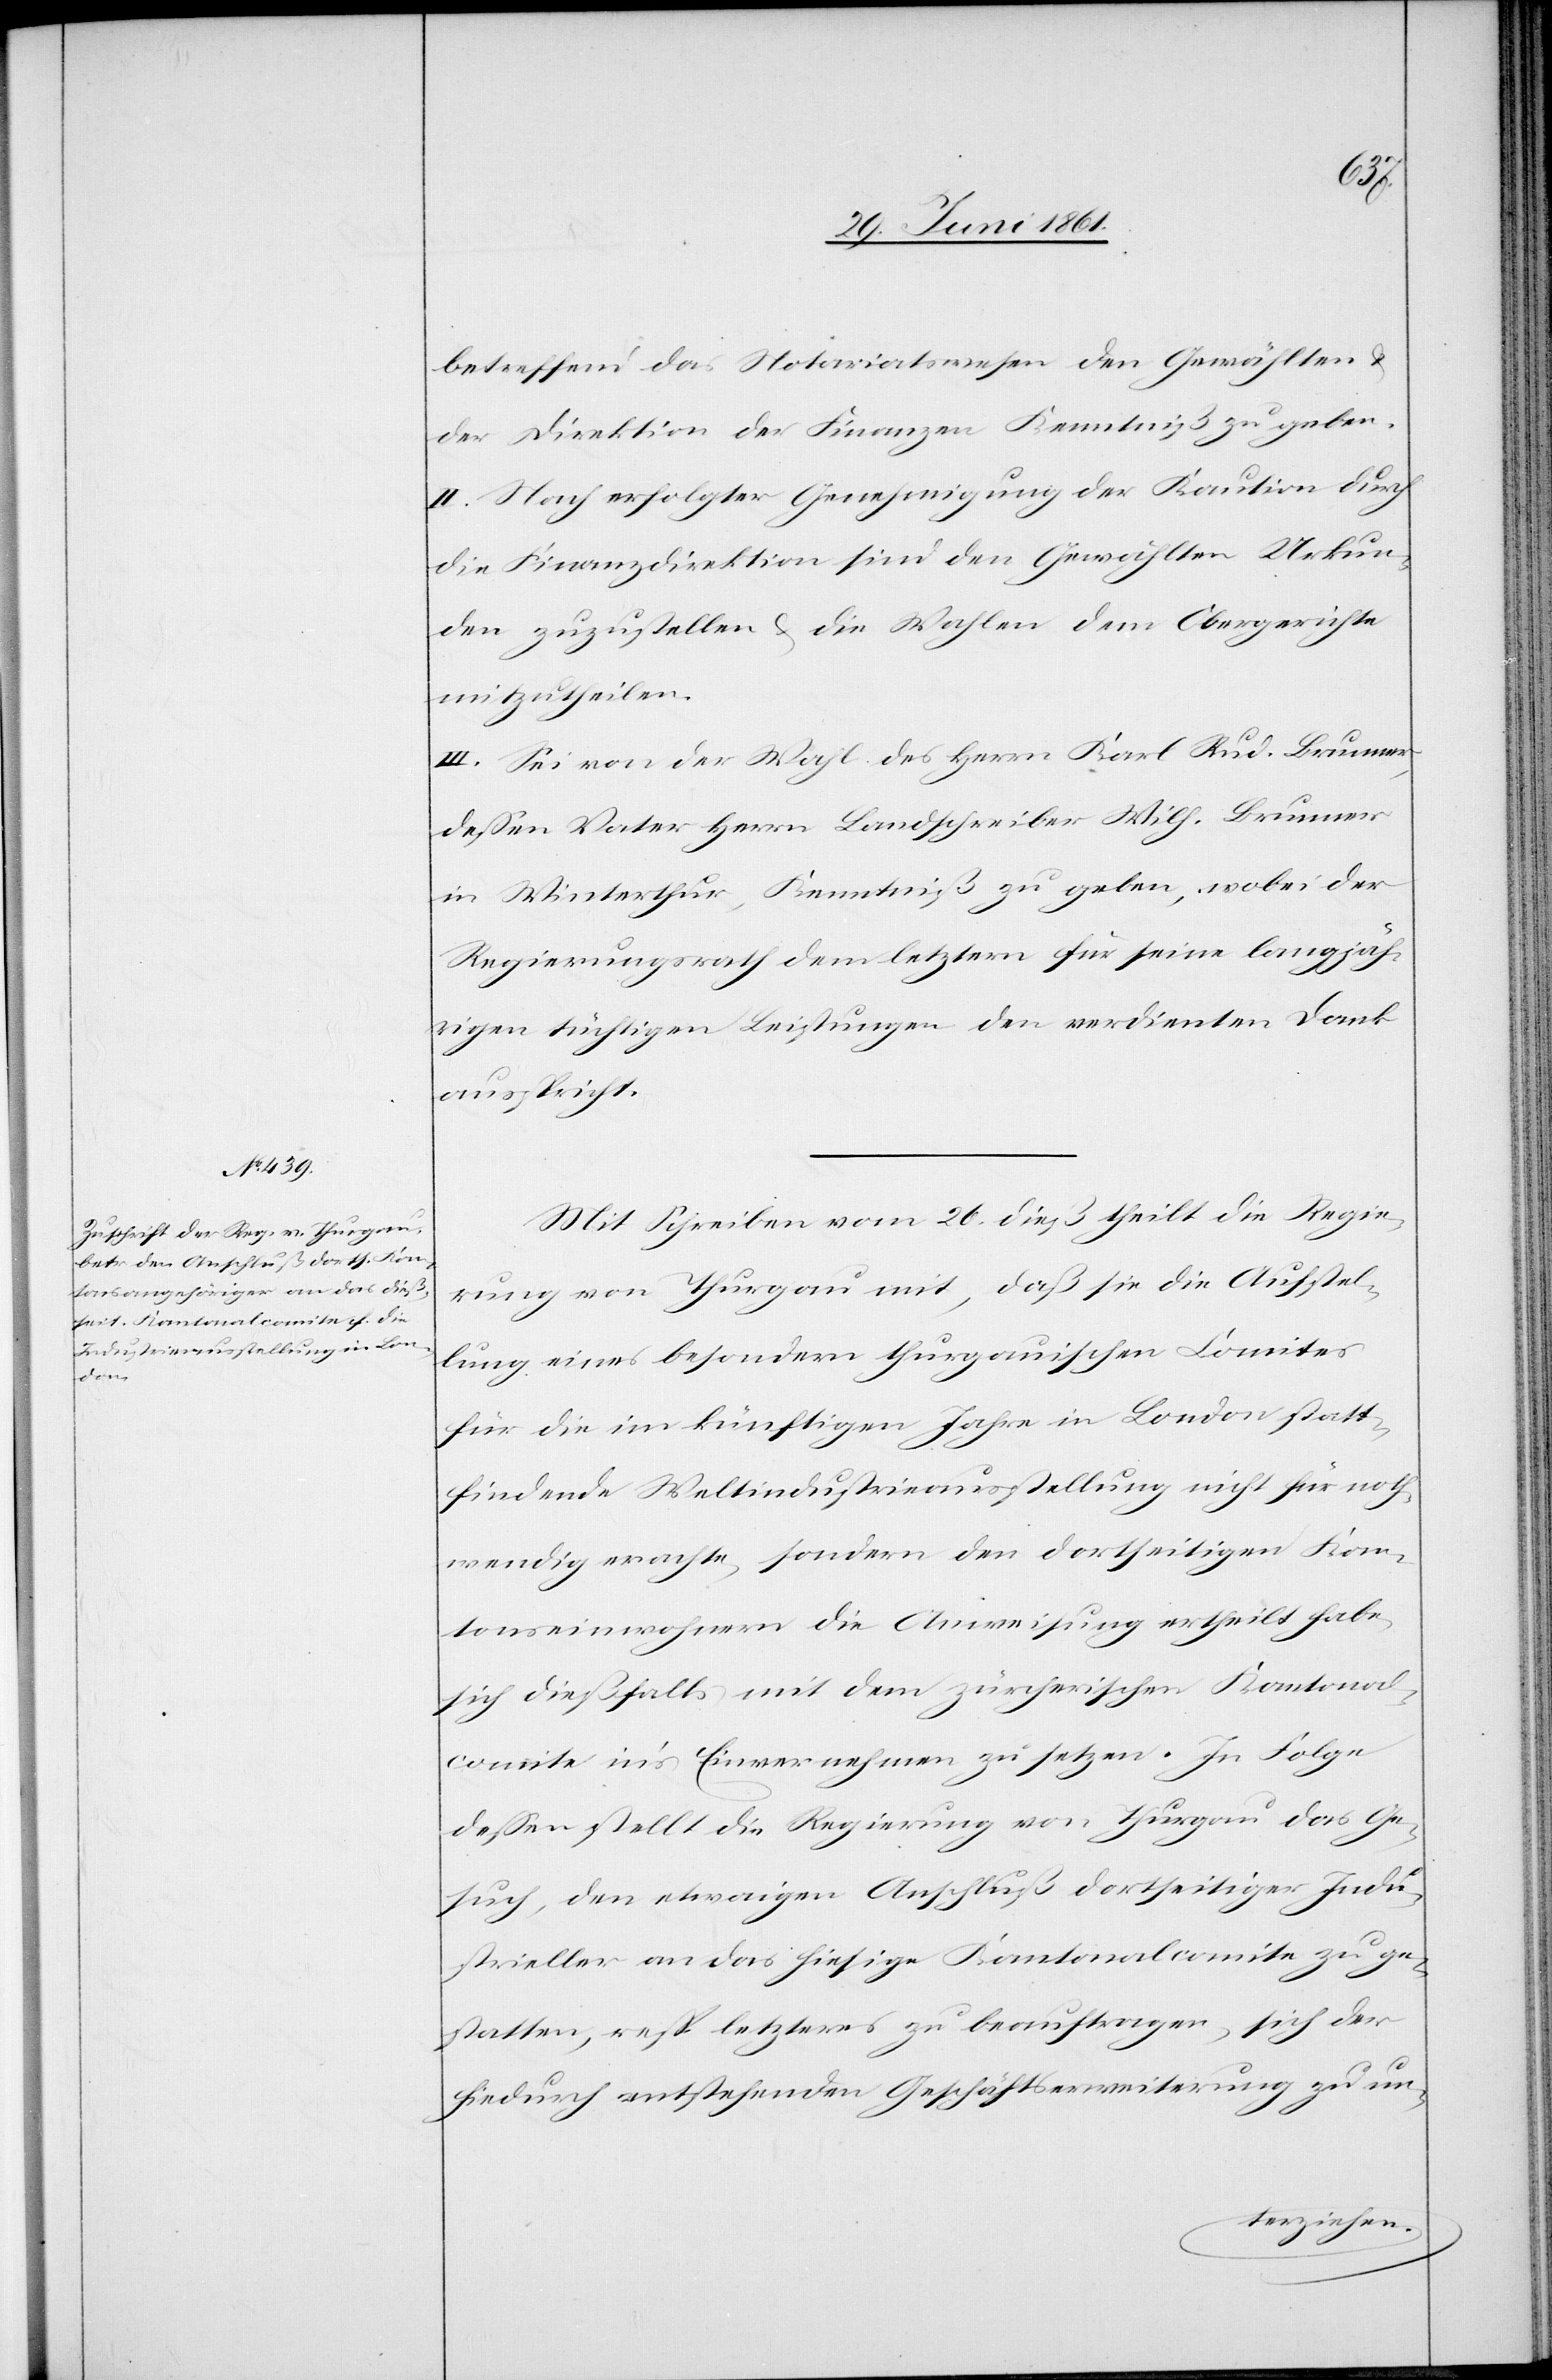
betreffend das Notariatswesen den Gewählten u.
der Direktion der Finanzen Kenntniß zu geben.
II. Nach erfolgter Genehmigung der Kaution durch
die Finanzdirektion sind den Gewählten Urkun¬
den zuzustellen u. die Wahlen dem Obergerichte
mitzutheilen.
III. Sei von der Wahl des Herrn Karl Rud. Brunner,
dessen Vater Herrn Landschreiber Wilh. Brunner
in Winterthur, Kenntniß zu geben, wobei der
Regierungsrath dem letztern für seine langjäh¬
rigen tüchtigen Leistungen den verdienten Dank
ausspricht.
Mit Schreiben vom 26. dieß theilt die Regie¬
rung von Thurgau mit, daß sie die Aufstel¬
lung eines besondern thurgauischen Comites
für die im künftigen Jahre in London statt¬
findende Weltindustrieausstellung nicht für noth¬
wendig erachte, sondern den dortseitigen Kan¬
tonseinwohnern die Anweisung ertheilt habe,
sich dießfalls mit dem zürcherischen Kantonal¬
comite in’s Einvernehmen zu setzen. In Folge
dessen stellt die Regierung von Thurgau das Ge¬
such, den etwaigen Anschluß dortseitiger Indu¬
strieller an das hiesige Kantonalcomite zu ge¬
statten, resp. letzteres zu beauftragen, sich der
hiedurch entstehenden Geschäftserweiterung zu un-